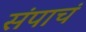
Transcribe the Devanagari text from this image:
संपाचं